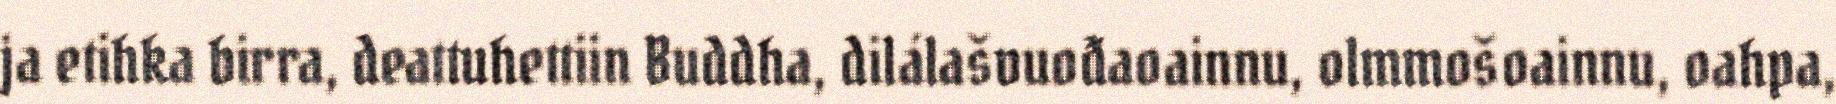
ja etihka birra, deattuhettiin Buddha, dilálašvuođaoainnu, olmmošoainnu, oahpa,